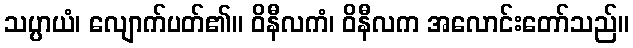
သပ္ပာယံ၊ လျောက်ပတ်၏။ ဝိနီလကံ၊ ဝိနီလက အလောင်းတော်သည်။